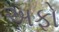
અફો